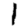
Digit: 1